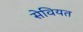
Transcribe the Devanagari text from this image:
सेवियत